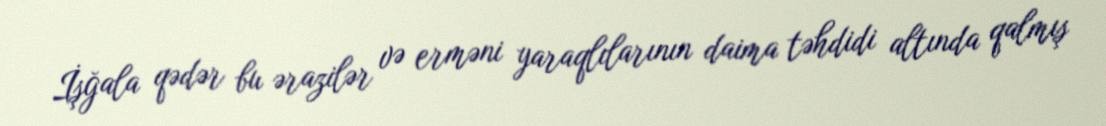
İşğala qədər bu ərazilər və erməni yaraqlılarının daima təhdidi altında qalmış